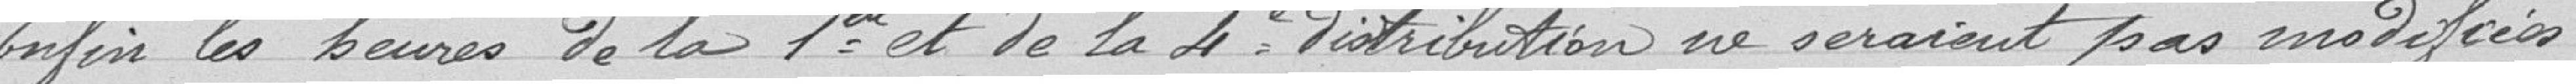
Enfin, les heures de la 1ere et de la 4e distribution ne seraient pas modifiées.